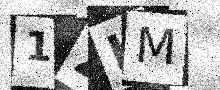
Text: 1ZKM